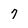
Character: 7